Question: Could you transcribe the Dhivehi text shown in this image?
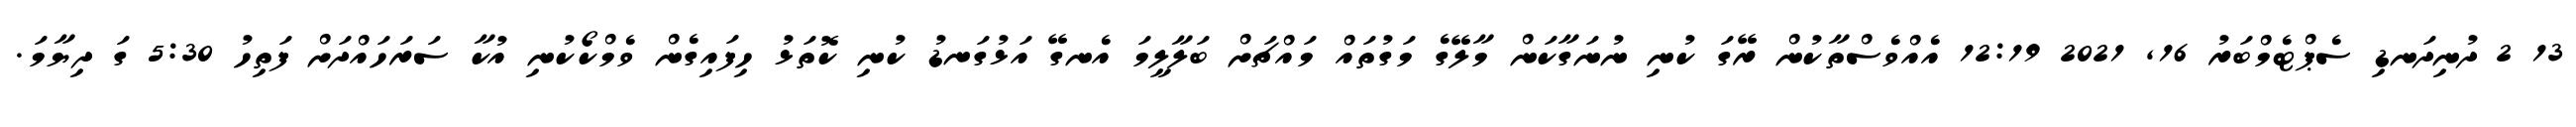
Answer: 13 2 ދުނިދަނޑި ސެޕްޓެމްބަރު 16, 2021 12:19 އެއްވެސްތާކުން ރޭގަ ކުނި ނުނަގާކަން މާލޭގެ މަގުތައް މައްޗަށް ބަލާލީމަ އެނގޭ އަޅުގަނޑު ކުނި ކޮތަޅު ހިފައިގެން ވެމްކޯކުނި އުކާ ސަރަހައްދަށް ފަތިހު 5:30 ގަ ދިޔާމަ.